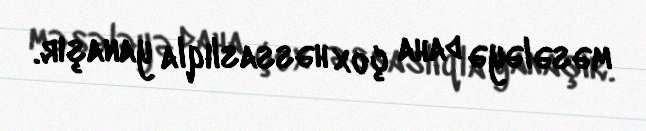
məsələyə daha çox həssaslıqla yanaşır.